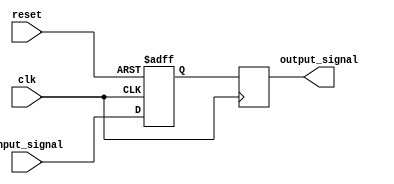
module inverter_delay (
    input wire clk,
    input wire reset,
    input wire input_signal,
    output reg output_signal
);

reg delay_reg;

always @(posedge clk or posedge reset) begin
    if (reset) begin
        delay_reg <= 1'b0;
    end else begin
        delay_reg <= input_signal;
    end
end

always @(posedge clk) begin
    output_signal <= delay_reg;
end

endmodule